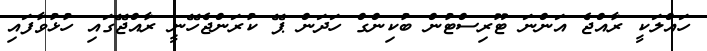
ހައްލަކީ ރާއްޖެ އަންނަ ޓޫރިސްޓުން ބުކިންގް ހަދަން ޕޭ ކުރަންޖެހޭނީ ރާއްޖޭގައި ހުޅުވާފައި